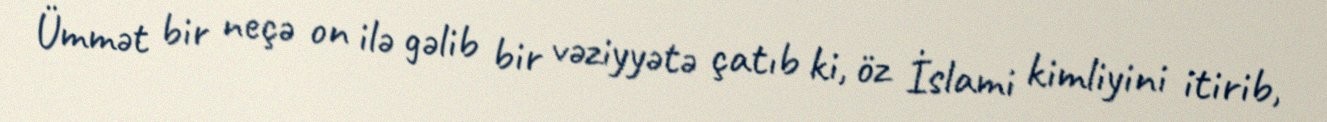
Ümmət bir neçə on ilə gəlib bir vəziyyətə çatıb ki, öz İslami kimliyini itirib,